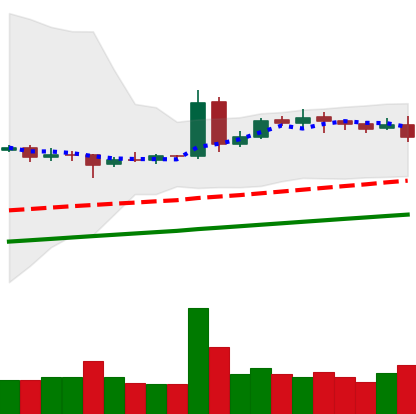
Ticker: DOGE-USD
Chart end date: 2020-08-11
Forward return: 3.83%
Label: up_3_5